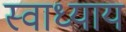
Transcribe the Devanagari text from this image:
स्‍वाध्‍याय